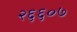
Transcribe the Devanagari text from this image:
२६६०७